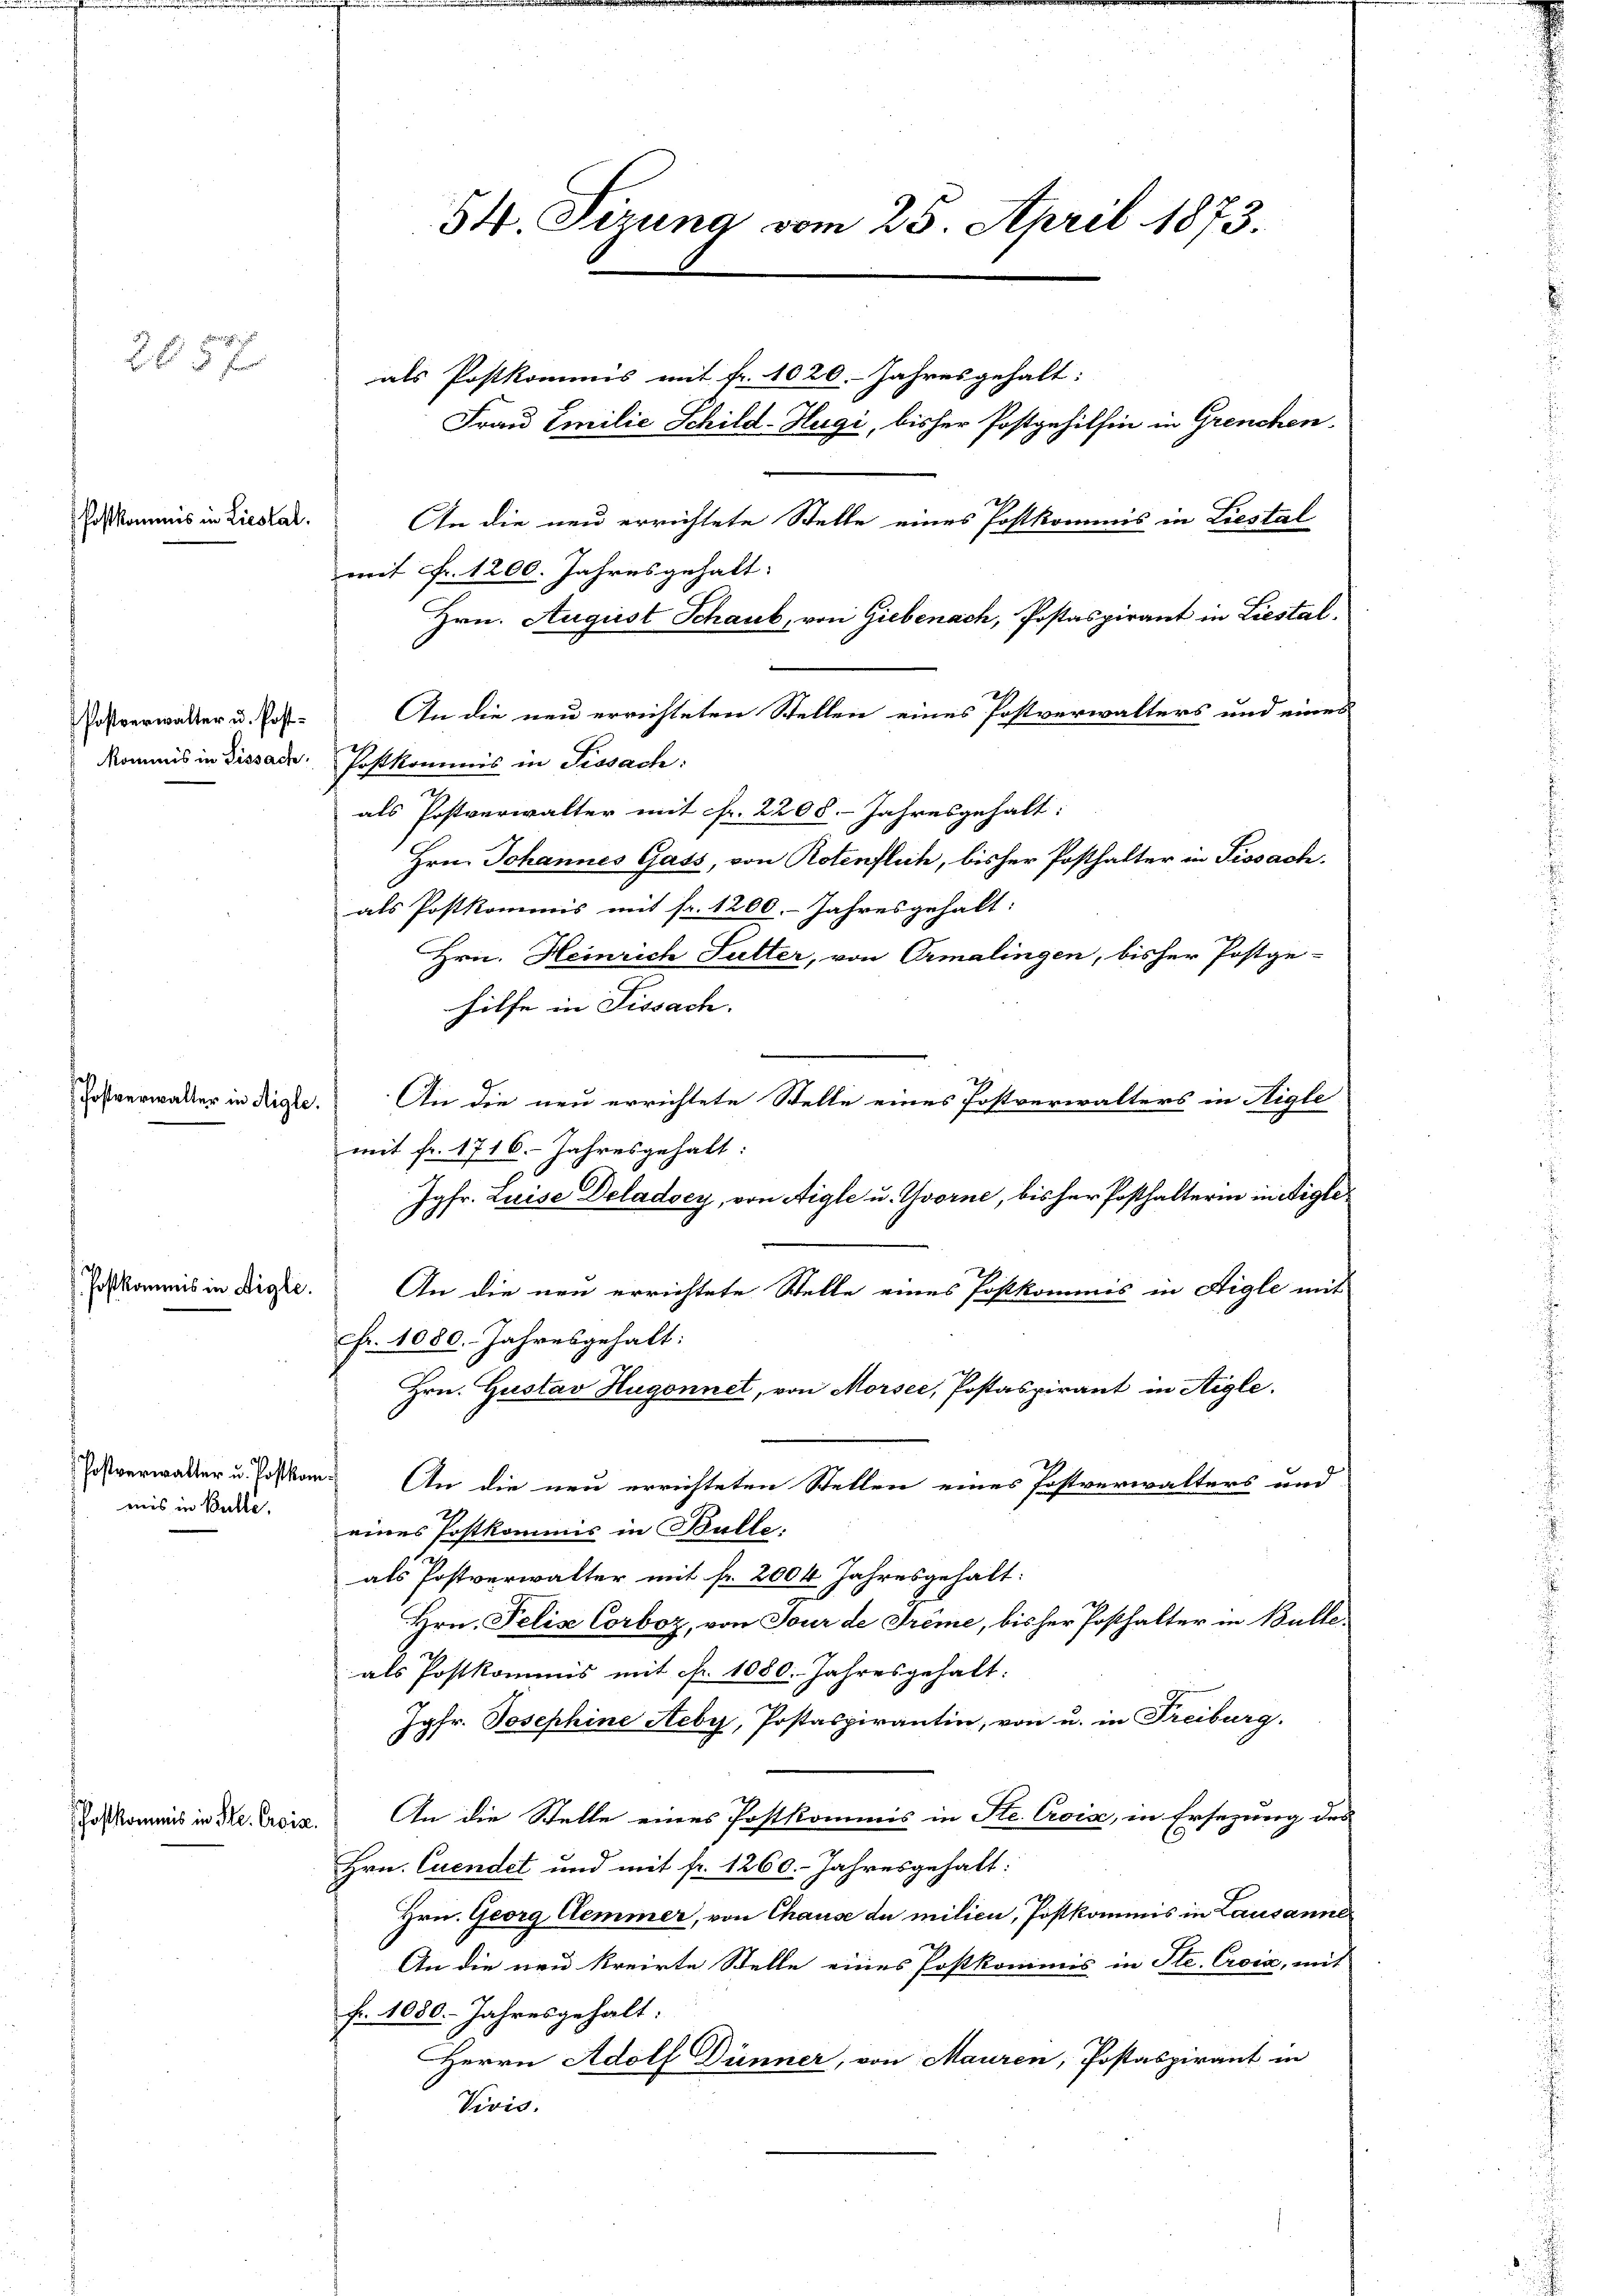
Postkommis in Liestal.

schaft

Postkan

mis in Aigle

mis in Bulle.

205 f

walter in Aigle.

Phoskommis in Ste. Crois

54. Sizung vom 25. April 1873.

als Postkommis mit fr. 1020. Jahresgehalt:
Frau Emilie Schild-Hugi, bisher Postgehilfen in Grenchen,
An die neu errichtete Stelle eines Postkommis in Liestal
mit Fr. 1200. Jahresgehalt:
Hrn. August Schaub, von Giebenach, Postaspirant in Liestal
Postverwalter u. Post. An die neu errichteten Stellen eines Postverwalters und eines
Kommis in Dissach Postkommis in Tissach
2
als Postverwalter mit fr. 2208. Jahresgehalt:
Hrn. Johannes Gass, von Rotenflich, bisher Posthalter in Fissach
als Postkommis mit fr. 1200. Jahresgehalt:
Hrn. Heinrich Sutter, von Ormalingen, bisher Postge-
hilfe in Fissach.
An die neu errichtete Stelle eines Postverwalters in Aigle
mit fr. 1716. Jahresgehalt:
Jgfr. Luise Deladocy, von Aigle u. Yvorne, bisher Posthalterin in eige¬
.
An die neu errichtete Stelle eines Postkommis in Aigle mit
fr. 1050. Jahresgehalt:
Hrn. Gustav Hugonnet, von Morsee, Postaspirant in Aigle.
Postverwalter u. Postkan. An die neu errichteten Stellen eines Postverwalters und
eines Postkommis in Bulle.
als Postverwalter mit fr. 2004 Jahresgehalt:
Hrn. Pelis Corboz, von Tour de Trême, bisher Posthalter in Bulle-
als Postkommis mit Fr. 1080. Jahresgehalt:
Jgfr. Josephine Heby, Postaspirantin, von u. in Freiburg.
An die Stelle eines Postkommis in Ste Crois, in Ersezung des
2.
Hrn. Cuendet und mit fr. 1260. Jahresgehalt:
Hrn. Georg Clemmer, von Chause du milien, Postkommis in Lausanner
An die neu kreirte Stelle eines Postkommis in Ste. Croix, mit
fr. 1080. Jahresgehalt:
Herrn Adolf Dünner, von Mauren, Postaspirant in
Vivis.